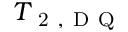
T _ { \mathrm { ~ 2 ~ , ~ D ~ Q ~ } }